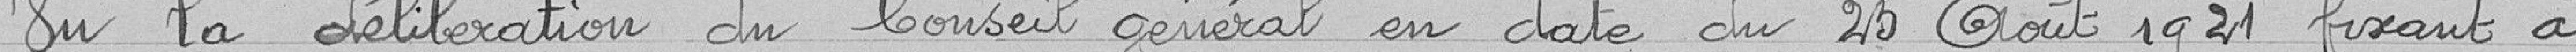
Vu la délibération du Conseil Général en date du 25 août 1921 fixant à